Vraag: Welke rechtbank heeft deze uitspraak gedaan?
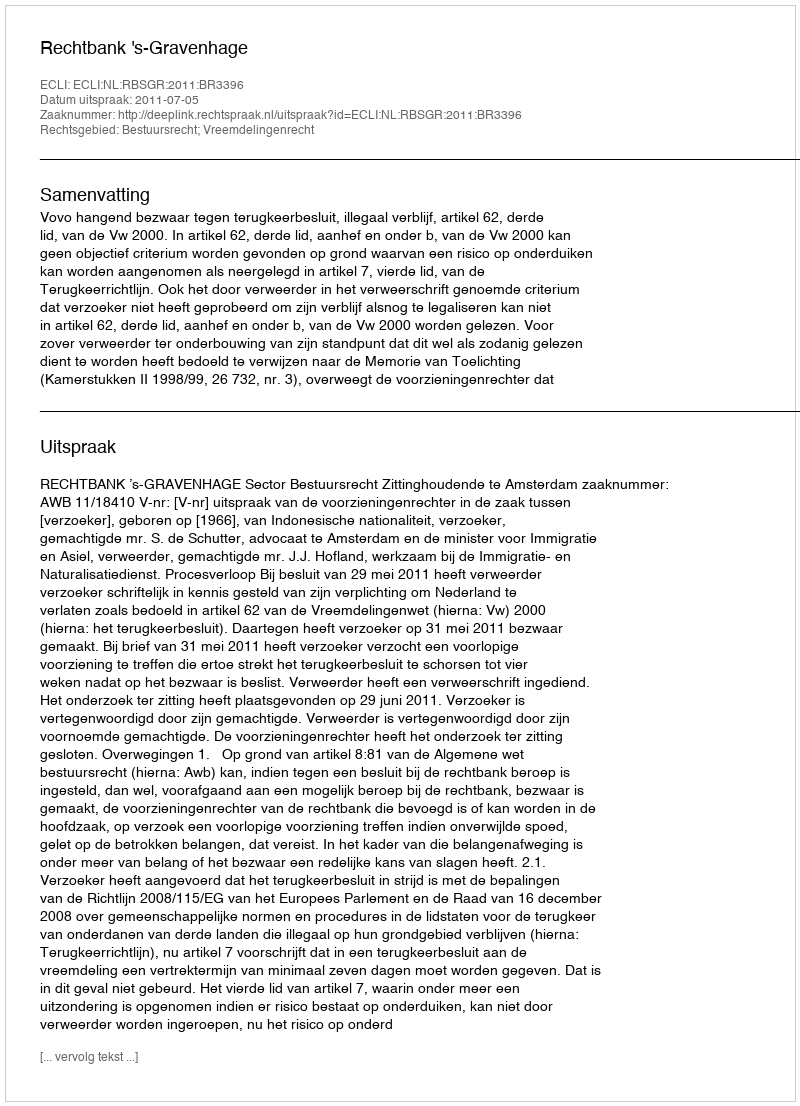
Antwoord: Rechtbank 's-Gravenhage